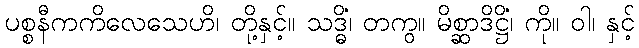
ပစ္စနီကကိလေသေဟိ၊ တို့နှင့်။ သဒ္ဓိံ၊ တကွ။ မိစ္ဆာဒိဋ္ဌိံ၊ ကို။ ဝါ၊ နှင့်